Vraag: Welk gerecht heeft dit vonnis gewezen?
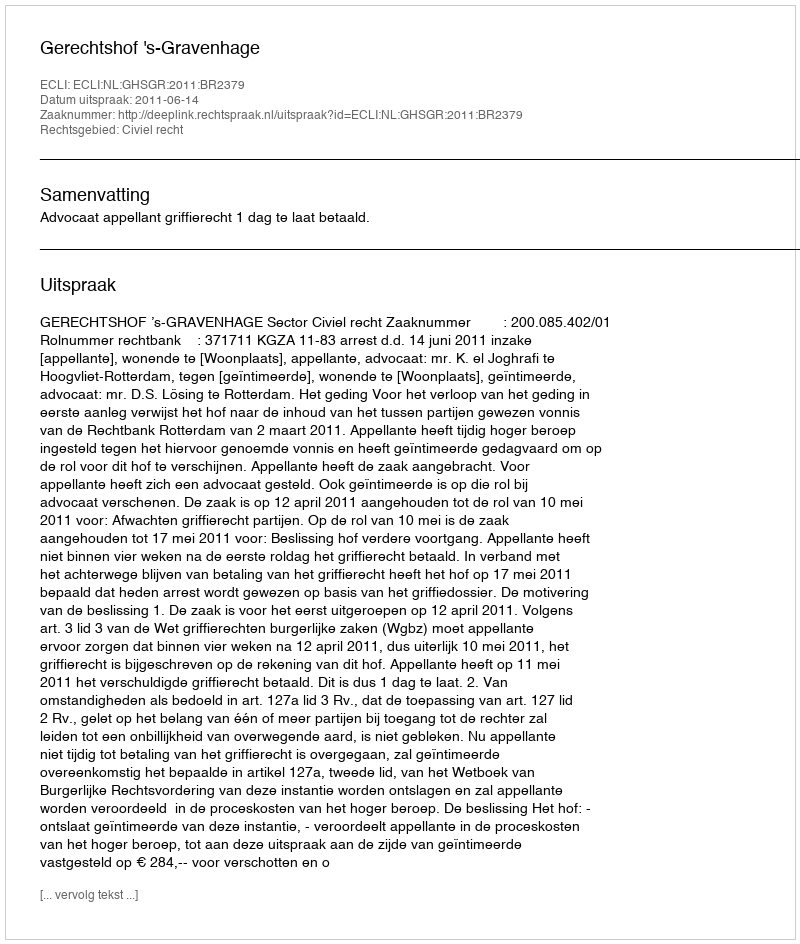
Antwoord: Gerechtshof 's-Gravenhage